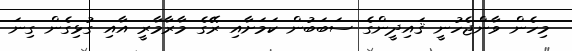
މިހެން ވާންޖެހުނީ ޤައިދީންގެ ސަބަބުން ކަމަށާއި ރޭގެ މާރާމާރީ އާއި ގުޅިގެން ގިނަ